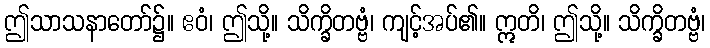
ဤသာသနာတော်၌။ ဧဝံ၊ ဤသို့။ သိက္ခိတဗ္ဗံ၊ ကျင့်အပ်၏။ ဣတိ၊ ဤသို့။ သိက္ခိတဗ္ဗံ၊